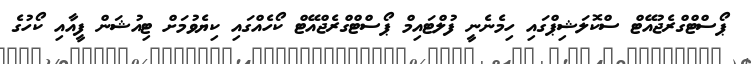
ޕޯސްޓްގްރެޖުއޭޓް ސްކޮލަޝިޕްގައި ހިމެނެނީ ފުލްޓައިމް ޕޯސްޓްގްރެޖްއޭޓް ކޯހެއްގައި ކިޔެވުމަށް ޓިއުޝަން ފީއާއި ކޯހުގެ